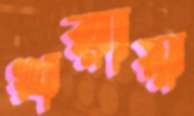
খরায়